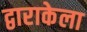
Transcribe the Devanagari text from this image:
द्वाराकेला